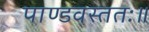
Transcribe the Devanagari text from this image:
पाण्डवस्ततः॥